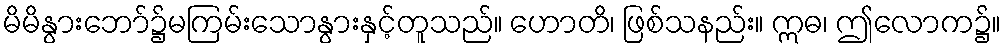
မိမိနွားဘော်၌မကြမ်းသောနွားနှင့်တူသည်။ ဟောတိ၊ ဖြစ်သနည်း။ ဣဓ၊ ဤလောက၌။